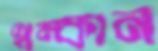
থম্‌কান